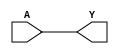
module CLKBUF1 (A, Y);
input  A ;
output Y ;

   buf (Y, A);

   specify
     // delay parameters
     specparam
       tpllh$A$Y = 0.25:0.25:0.25,
       tphhl$A$Y = 0.26:0.26:0.26;

     // path delays
     (A *> Y) = (tpllh$A$Y, tphhl$A$Y);

   endspecify

endmodule